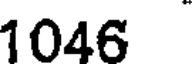
1046